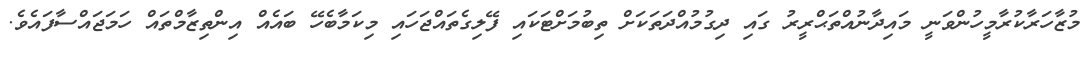
މުޒާހަރާކުރާމީހުންވަނީ މައިދާނުއްތަޙްރީރު ގައި ދިގުމުއްދަތަކަށް ތިބުމަށްޓަކައި ފޭލިގެތައްޖަހައި މިކަމާބެހޭ ބައެއް އިންތިޒާމްތައް ހަމަޖައްސާފައެވެ.